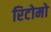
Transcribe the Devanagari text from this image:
रिटोमो